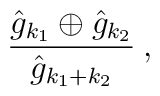
\frac{\hat{g}_{k_{1}}\oplus\hat{g}_{k_{2}}}{\hat{g}_{k_{1}+k_{2}}}\:,